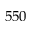
5 5 0